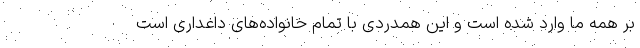
بر همه ما وارد شده است و این همدردی با تمام خانواده‌های داغداری است